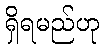
ရှိရမည်ဟု